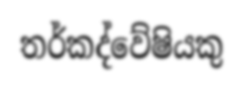
තර්කද්වේෂියකු